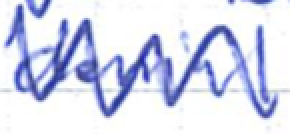
Text: denial
Cross-out: zig-zag
Writing tool: ballpoint